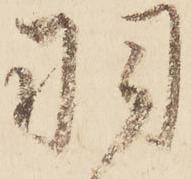
羽